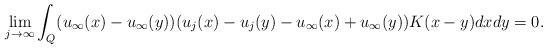
LaTeX: \begin{align*}\lim_{j\to\infty}\int_Q (u_\infty(x)-u_\infty(y))(u_j(x)-u_j(y) - u_\infty(x) + u_\infty(y))K(x-y)dxdy = 0.\end{align*}